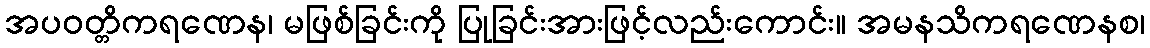
အပဝတ္တိကရဏေန၊ မဖြစ်ခြင်းကို ပြုခြင်းအားဖြင့်လည်းကောင်း။ အမနသိကရဏေနစ၊